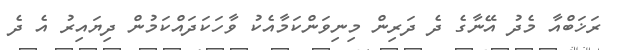
ރަޚަބްއާ މެދު އޭނާގެ ދެ ދަރިން މިނިވަންކަމާއެކު ވާހަކަދައްކަމުން ދިޔައިރު އެ ދެ